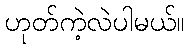
ဟုတ်ကဲ့လဲပါမယ်။